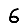
Digit: 6